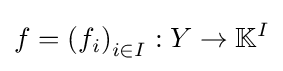
f=\left(f_{i}\right)_{i\in I}:Y\to \mathbb {K} ^{I}